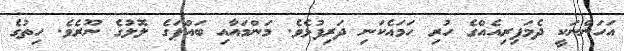
އަހަންނަކީ ދެމަފިރިއެއްގެ ހުރި ހަމައެކަނި ދަރިފުޅެވެ. މަންމައާއި ބައްޕަގެ ލޮލުގެ ނޫރެވެ. ހިތުގެ